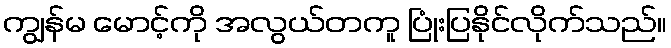
ကျွန်မ မောင့်ကို အလွယ်တကူ ပြုံးပြနိုင်လိုက်သည်။